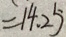
= 1 4 . 2 5